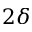
2 \delta